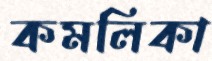
কমলিকা